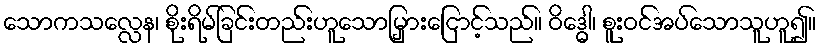
သောကသလ္လေန၊ စိုးရိမ်ခြင်းတည်းဟူသောမြှားငြောင့်သည်။ ဝိဒ္ဓေါ၊ စူးဝင်အပ်သောသူဟူ၍။